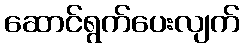
ဆောင်ရွက်ပေးလျက်